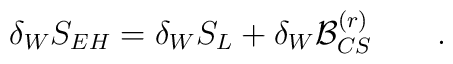
\delta_W S_{EH}=\delta_W S_L + \delta_W {\cal B}_{CS}^{(r)} \qquad .